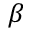
\beta